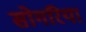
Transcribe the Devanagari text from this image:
सोगरिया